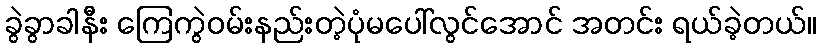
ခွဲခွာခါနီး ကြေကွဲဝမ်းနည်းတဲ့ပုံမပေါ်လွင်အောင် အတင်း ရယ်ခဲ့တယ်။